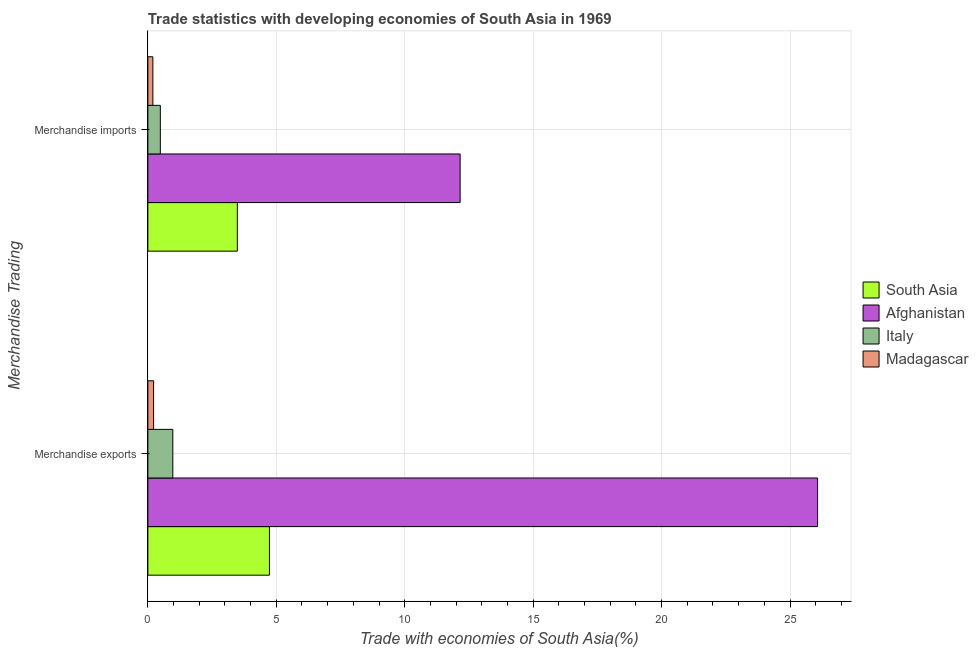
| Merchandise Trading | South Asia | Afghanistan | Italy | Madagascar |
 | --- | --- | --- | --- | --- |
 | Merchandise exports | 4.73 | 26.1 | 0.971 | 0.223 |
 | Merchandise imports | 3.48 | 12.2 | 0.485 | 0.194 |